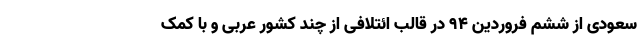
سعودی از ششم فروردین ۹۴ در قالب ائتلافی از چند کشور عربی و با کمک